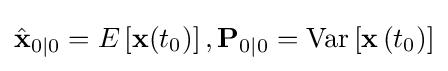
{\hat {\mathbf {x} }}_{0\mid 0}=E\left[\mathbf {x} (t_{0})\right],\mathbf {P} _{0\mid 0}=\operatorname {Var} \left[\mathbf {x} \left(t_{0}\right)\right]